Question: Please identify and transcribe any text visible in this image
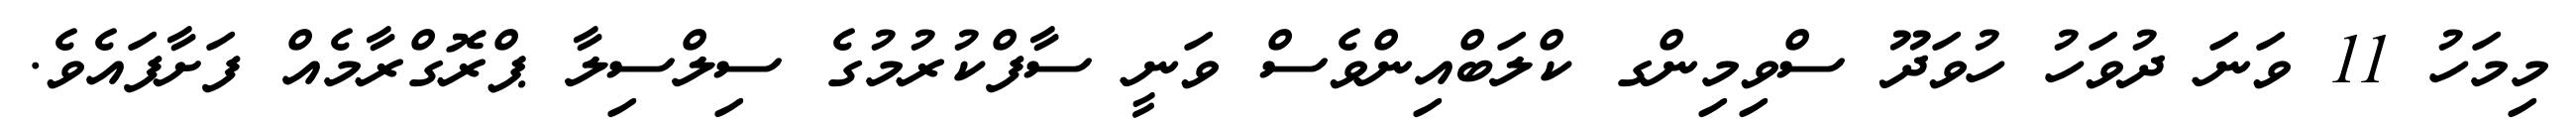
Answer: މިމަހު 11 ވަނަ ދުވަހު ހުވަދޫ ސްވިމިންގ ކްލަބްއިންވެސް ވަނީ ސާފްކުރުމުގެ ސިލްސިލާ ޕްރޮގްރާމެއް ފަށާފައެވެ.